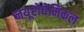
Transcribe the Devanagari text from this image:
नयूरोचेमिकल